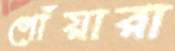
গোঁয়ারা